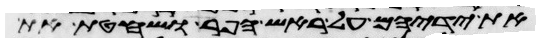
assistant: את ידיהם על ראש הפר ושחטת את